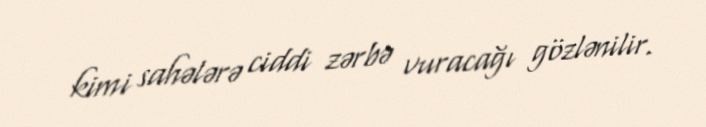
kimi sahələrə ciddi zərbə vuracağı gözlənilir.